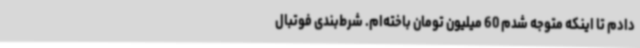
دادم تا اینکه متوجه شدم 60 میلیون تومان باخته‌ام. شرط‌بندی فوتبال